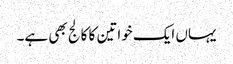
یہاں ایک خواتین کا کالج بھی ہے۔